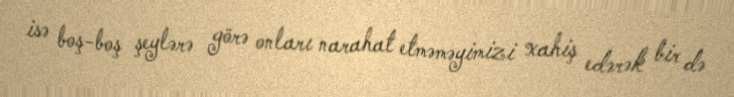
isə boş-boş şeylərə görə onları narahat etməməyimizi xahiş edərək bir də